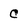
Character: C